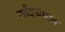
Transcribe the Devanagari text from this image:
सौंदर्यपान